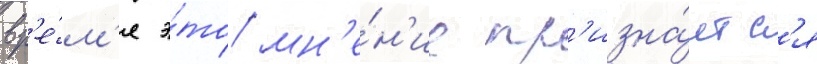
вр'е́м'я э́то мн'е́н'ие пр'изна́етс'я